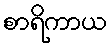
စာရိကာယ